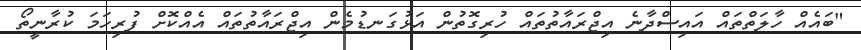
"ބައެއް ހާލަތްތައް އައިސްދާނެ އިޖްރައާތުތައް ހުރިގޮތުން އަޅުގަނޑުމެން އިޖްރައާތުތައް އެއްކޮށް ފުރިހަމަ ކުރާނީތޯ